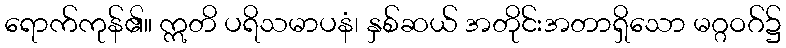
ရောက်ကုန်၏။ ဣတိ ပရိသမာပနံ၊ နှစ်ဆယ် အတိုင်းအတာရှိသော မဂ္ဂဝဂ်၌